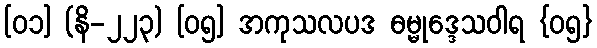
[၀၁] (နိ-၂၂၃) [၀၅] အကုသလပဒ ဓမ္မုဒ္ဒေသဝါရ {၀၅}